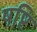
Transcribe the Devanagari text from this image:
षष्टि